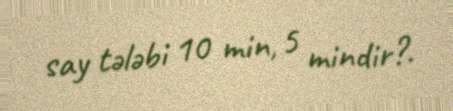
say tələbi 10 min, 5 mindir?.